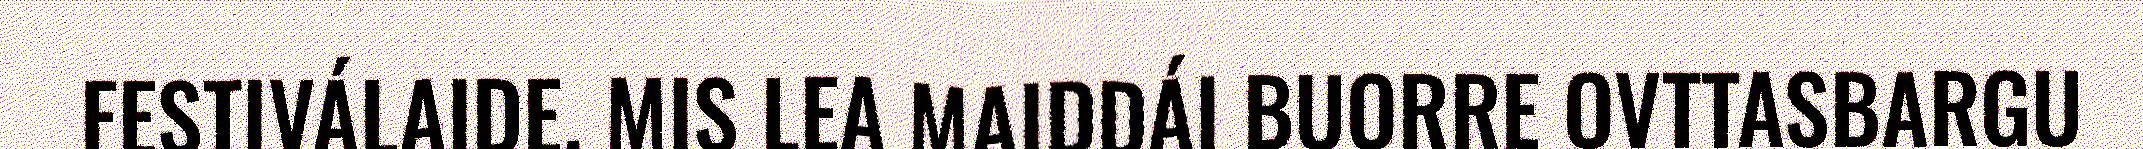
FESTIVÁLAIDE. MIS LEA MAIDDÁI BUORRE OVTTASBARGU